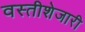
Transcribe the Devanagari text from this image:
वस्तीशेजारी